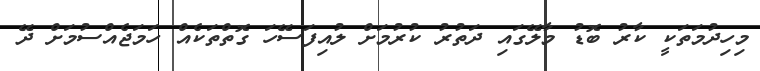
މިހިދުމަތަކީ ކާރު ބޮޑު މާލޭގައި ދަތުރު ކުރުމަށް ލުއިފަސޭހަ ގޮތްތަކެއް ހަމަޖެއްސުމަށް ދޭ